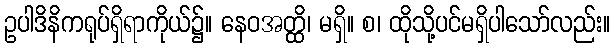
ဥပါဒိနိကရုပ်ရှိရာကိုယ်၌။ နေဝအတ္ထိ၊ မရှိ။ စ၊ ထိုသို့ပင်မရှိပါသော်လည်း။